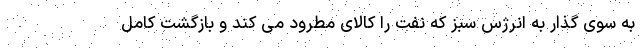
به سوی گذار به انرژس سبز که نفت را کالای مطرود می کند و بازگشت کامل